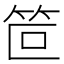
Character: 笸